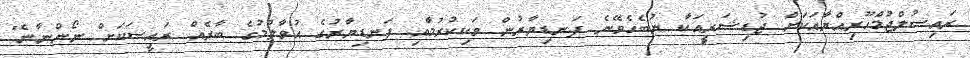
ރައިސުލްޖުމްހޫރިއްޔާއަކަށް ޖުޑިޝަރީއަކާ ނުބެހެވޭނެ ފަނޑިޔާރުން ވަކިކުރުމާއި ފަނޑިޔާރުގެ އުވާލުމުގެ ބާރެއް ރައީސަކަށް ނޯންނާނެ"